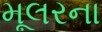
મૂલરના